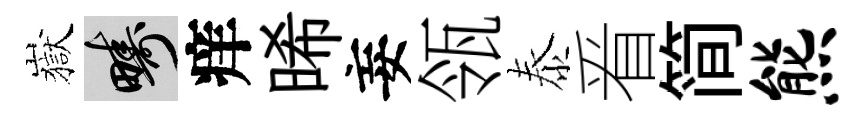
嶽疇痒晞妄瓴泰㸔简熊